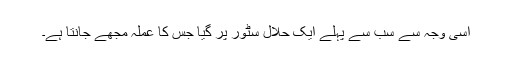
اسی وجہ سے سب سے پہلے ایک حلال سٹور پر گیا جس کا عملہ مجھے جانتا ہے۔